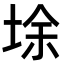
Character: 𡌘